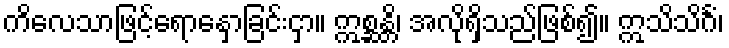
ကိလေသာဖြင့်ရောနှောခြင်းငှာ။ ဣစ္ဆန္တိ၊ အလိုရှိသည်ဖြစ်၍။ ဣသိသိင်္ဂံ၊